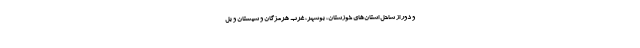
و دور از ساحل استان‌های خوزستان، بوشهر، غرب هرمزگان و سیستان و بل